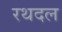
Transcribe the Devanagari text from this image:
रथदल